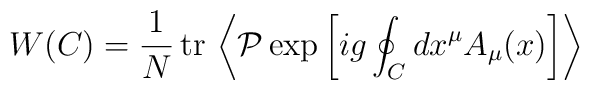
W(C) = {1\over N} \, \mbox{tr}\,\left\langle {\cal P}\exp\left[ ig\oint_C dx^\mu A_\mu(x) \right] \right\rangle